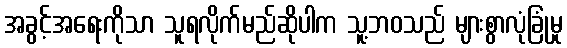
အခွင့်အရေးကိုသာ သူရလိုက်မည်ဆိုပါက သူ့ဘဝသည် များစွာလုံခြုံမှု